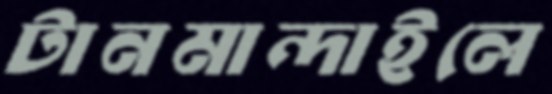
টানমান্দাইলে